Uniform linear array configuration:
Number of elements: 32
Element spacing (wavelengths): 0.75
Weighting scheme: cosine
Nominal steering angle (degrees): -30
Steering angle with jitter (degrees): -30.692
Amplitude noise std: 0.05
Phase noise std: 0.05

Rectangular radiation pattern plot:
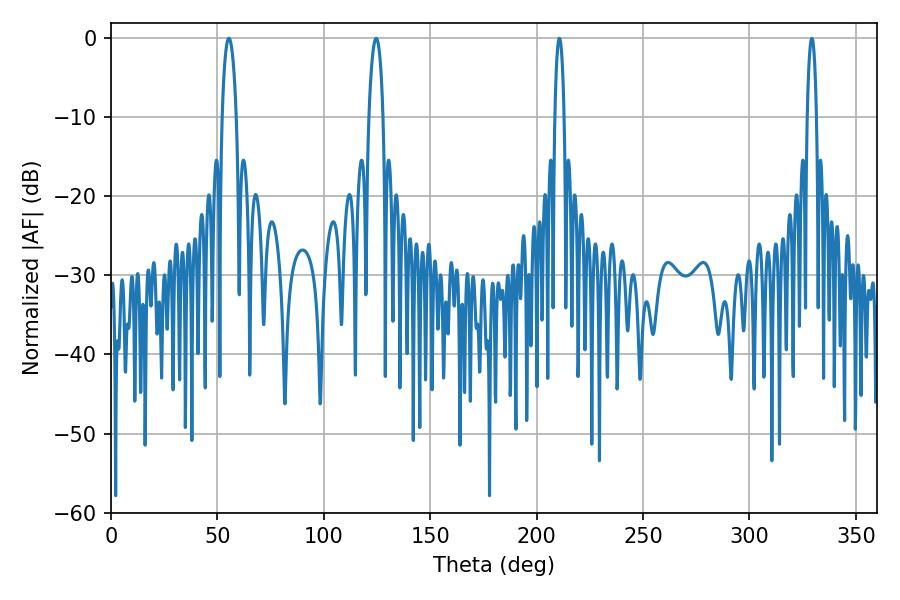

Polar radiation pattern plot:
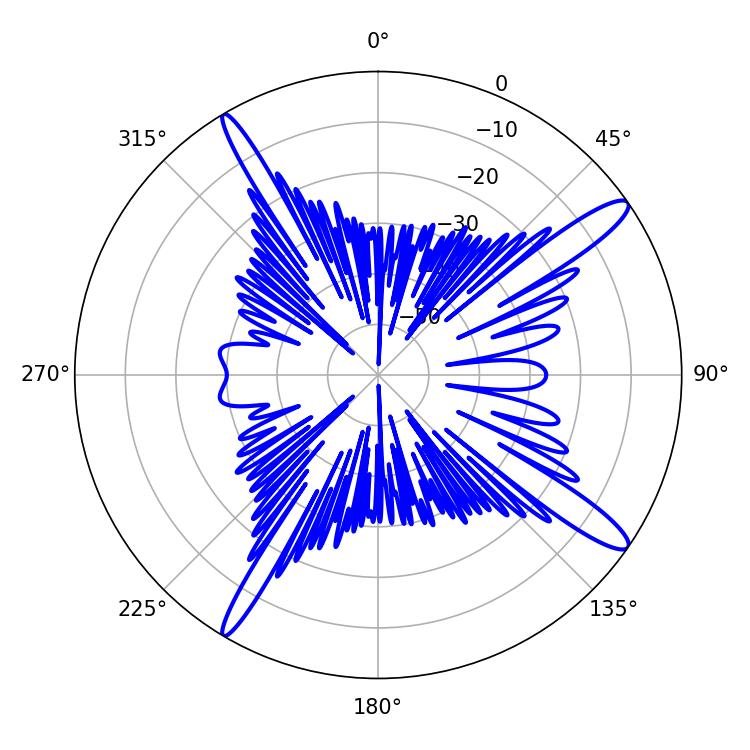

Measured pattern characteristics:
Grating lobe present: TRUE
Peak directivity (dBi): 14.464
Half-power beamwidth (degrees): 3.6
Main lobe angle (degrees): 124.56